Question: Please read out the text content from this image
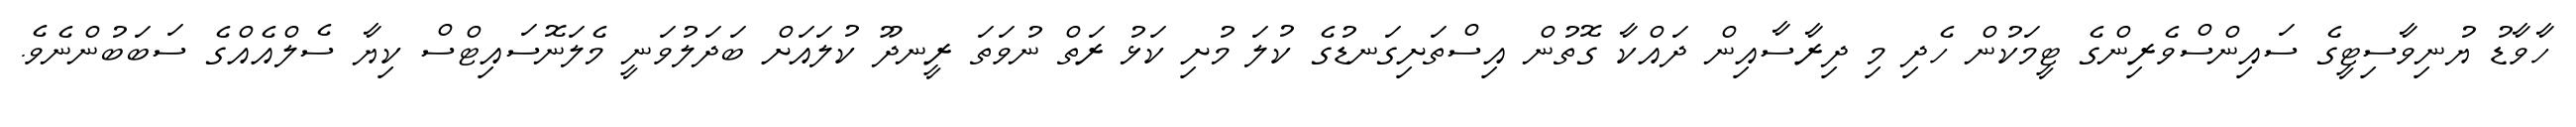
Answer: ހާވާޑު ޔުނިވާސިޓީގެ ސައިންސްވެރިންގެ ޓީމަކުން ހެދި މި ދިރާސާއިން ދައްކާ ގޮތުން އިސްތަށިގަނޑުގެ ކުލަ މުށި ކަޅު ރަތް ނުވަތަ ރީނދޫ ކުލައަށް ބަދަލުވަނީ މެލަނޮސައިޓްސް ކިޔާ ސެލްއެއްގެ ސަބަބުންނެވެ.